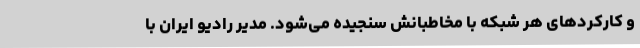
و کارکردهای هر شبکه با مخاطبانش سنجیده می‌شود. مدیر رادیو ایران با